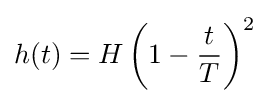
h(t)=H\left(1-{\frac {t}{T}}\right)^{2}